Report of an investigation of the epidemic of malarial fever in Assam, or, kala-azar
Disease focus: Malaria
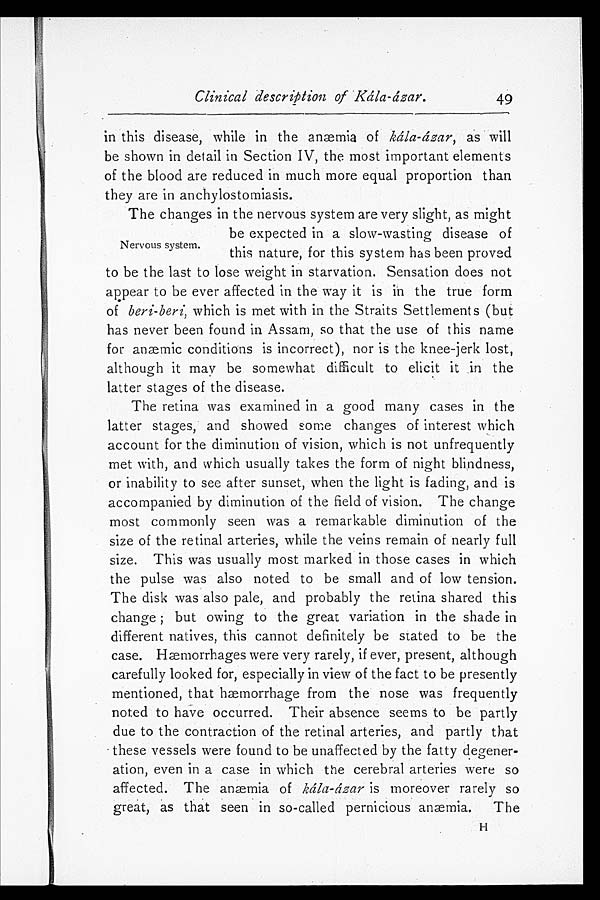
Clinical description of Kála-ázar.
49
in this disease, while in the anæmia of kála-ázar, as will
be shown in detail in Section IV, the most important elements
of the blood are reduced in much more equal proportion than
they are in anchylostomiasis.
Nervous system.
The changes in the nervous system are very slight, as might
be expected in a slow-wasting disease of
this nature, for this system has been proved
to be the last to lose weight in starvation. Sensation does not
appear to be ever affected in the way it is in the true form
of beri-beri, which is met with in the Straits Settlements (but
has never been found in Assam, so that the use of this name
for anæmic conditions is incorrect), nor is the knee-jerk lost,
although it may be somewhat difficult to elicit it in the
latter stages of the disease.
The retina was examined in a good many cases in the
latter stages, and showed some changes of interest which
account for the diminution of vision, which is not unfrequently
met with, and which usually takes the form of night blindness,
or inability to see after sunset, when the light is fading, and is
accompanied by diminution of the field of vision. The change
most commonly seen was a remarkable diminution of the
size of the retinal arteries, while the veins remain of nearly full
size. This was usually most marked in those cases in which
the pulse was also noted to be small and of low tension.
The disk was also pale, and probably the retina shared this
change; but owing to the great variation in the shade in
different natives, this cannot definitely be stated to be the
case. Haemorrhages were very rarely, if ever, present, although
carefully looked for, especially in view of the fact to be presently
mentioned, that haemorrhage from the nose was frequently
noted to have occurred. Their absence seems to be partly
due to the contraction of the retinal arteries, and partly that
these vessels were found to be unaffected by the fatty degener-
ation, even in a case in which the cerebral arteries were so
affected. The anæmia of kála-ázar is moreover rarely so
great, as that seen in so-called pernicious anæmia. The